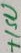
Text: +15V